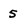
Character: 5